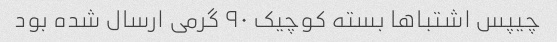
چیپس اشتباها بسته کوچیک ۹۰ گرمی ارسال شده بود